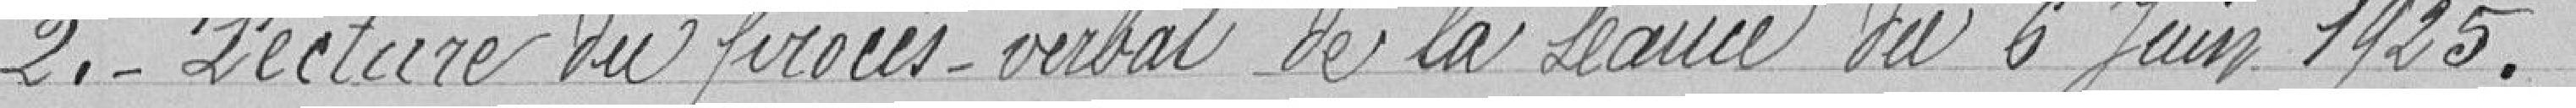
2. - Lecture du procès-verbal de la séance du 6 juin 1925.